Indian journal of veterinary science and animal husbandry - Volume 2,
Year: 1932
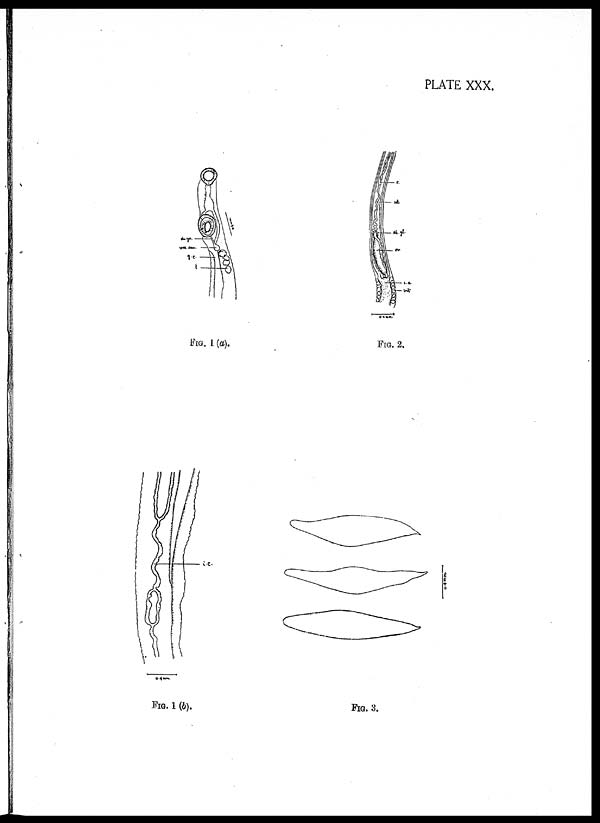
PLATE XXX.
FIG. 1 (a).
FIG. 2.
FIG. 1 (b).
FIG. 3.